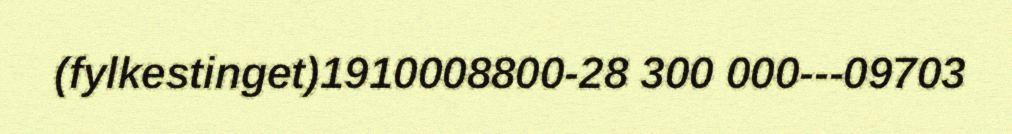
(fylkestinget)1910008800-28 300 000---09703